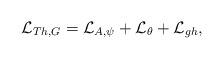
LaTeX: \begin{align*}{\cal L}_{Th,G}={\cal L}_{A,\psi}+{\cal L}_{\theta}+{\cal L}_{gh},\end{align*}